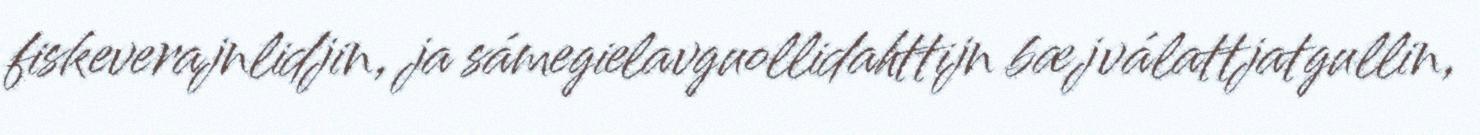
fiskeverajnlidjin, ja sámegielavguollidahttijn bæjválattjatgullin,